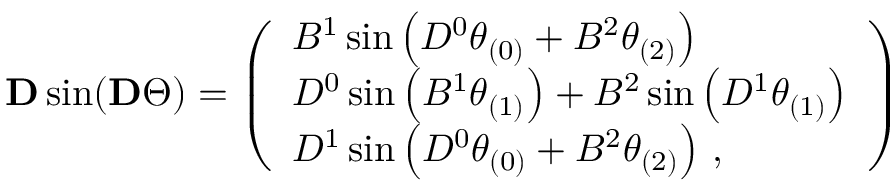
\begin{array} { r } { \mathbf { D } \sin ( \mathbf { D } \Theta ) = \left( \begin{array} { l } { B ^ { 1 } \sin \left( D ^ { 0 } \theta _ { ( 0 ) } + B ^ { 2 } \theta _ { ( 2 ) } \right) } \\ { D ^ { 0 } \sin \left( B ^ { 1 } \theta _ { ( 1 ) } \right) + B ^ { 2 } \sin \left( D ^ { 1 } \theta _ { ( 1 ) } \right) } \\ { D ^ { 1 } \sin \left( D ^ { 0 } \theta _ { ( 0 ) } + B ^ { 2 } \theta _ { ( 2 ) } \right) \, , } \end{array} \right) } \end{array}